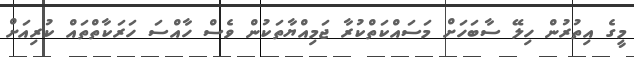
މީގެ އިތުރުން ހިލޭ ސާބަހަށް މަސައްކަތްކުރާ ޖަމިއްޔާތަކުން ވެސް ހާއްސަ ހަރަކާތްތައް ކުރިއަށް